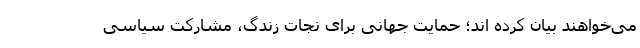
می‌خواهند بیان کرده اند؛ حمایت جهانی برای نجات زندگ، مشارکت سیاسی